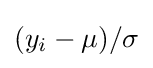
(y_{i}-\mu )/\sigma